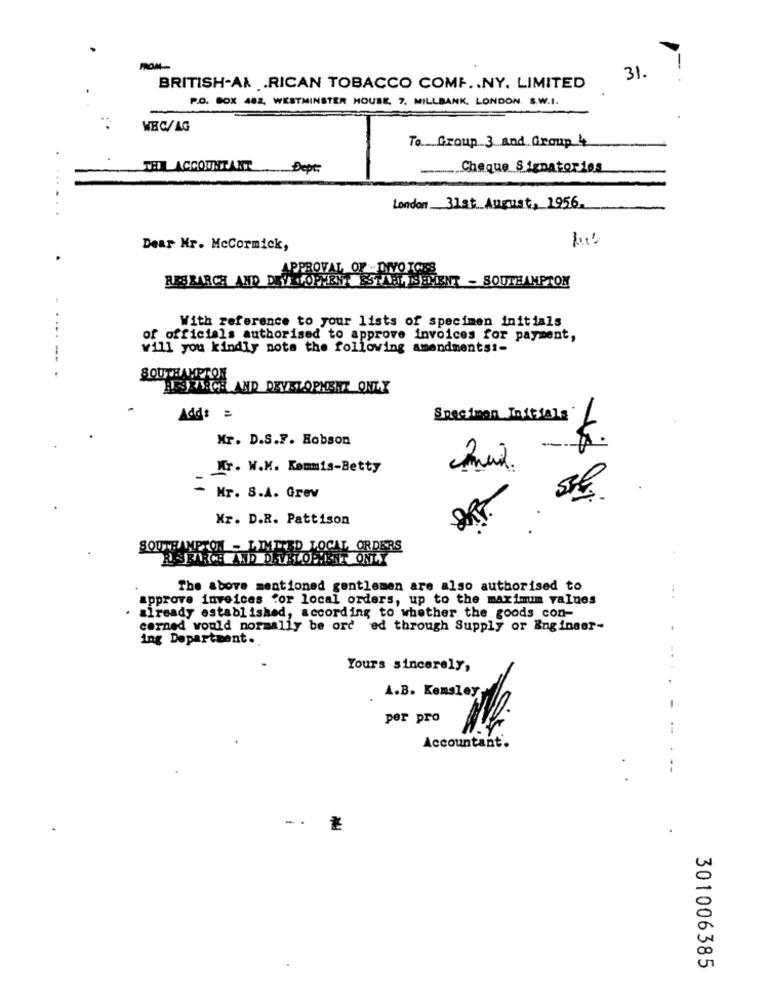
FROM --
31.
-.
BRITISH-AA .RICAN TOBACCO COMF .. NY. LIMITED
P.O. BOX 482, WESTMINSTER HOUSE, 7. MILLBANK, LONDON. S.W.I.
WEC/AG
To Group 3 and Group 4
THE ACCOUNTANT Dept.
Cheque Signatories
London 31st. August, 1956.
.......
Dear Mr. McCormick,
APPROVAL OF -DIVO ICH'S
RESEARCH AND DEVELOPMENT ESTABLISHMENT - SOUTHAMPTON
With reference to your lists of specimen initials
of officials authorised to approve invoices for payment,
will you kindly note the following amendments :-
......
SOUTHAMPTON
HEJKARGE AND DEVELOPMENT ONLY
Add: =
Specimen Initials
Mr. D.S.F. Hobson
-$.
Kr. W.M. Kemmis-Betty
- Mr. S.A. Grev
Xr. D.R. Pattison
SOUTHAMPTON - LIMTEED LO
RDERS
R.SEARCH AND DEVELOPYI
The above mentioned gentlemen are also authorised to
approve inveices for local orders, up to the maximum values
already established, according to whether the goods con-
corned would normally be ord ed through Supply or Engineer-
.
ing Department ..
Yours sincerely,
-
A.B. Komsterg.
per pro
Accountant.
--
301006385